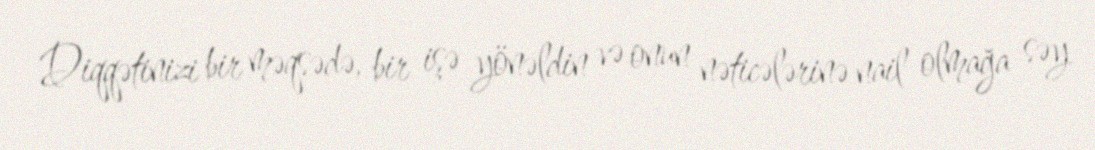
Diqqətinizi bir məqsədə, bir işə yönəldin və onun nəticələrinə nail olmağa səy